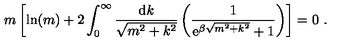
m \left[ \ln ( m ) + 2 \int _ { 0 } ^ { \infty } \frac { \mathrm { d } k } { \sqrt { m ^ { 2 } + k ^ { 2 } } } \left( \frac { 1 } { \mathrm { e } ^ { \beta \sqrt { m ^ { 2 } + k ^ { 2 } } } + 1 } \right) \right] = 0 \ .